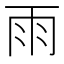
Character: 雨